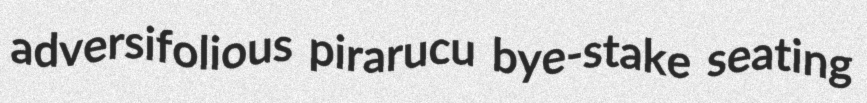
adversifolious pirarucu bye-stake seating